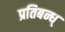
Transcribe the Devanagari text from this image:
प्रतिबन्ध्